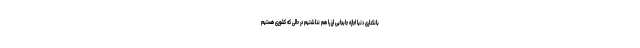
بانکداری دنیا اجازه جابجایی ارز را هم نداشتیم در حالی که کشوری هستیم